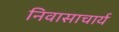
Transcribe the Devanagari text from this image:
निवासाचार्य